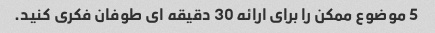
5 موضوع ممکن را برای ارائه 30 دقیقه ای طوفان فکری کنید.